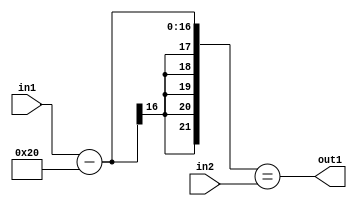
`timescale 1ps / 1ps
/*****************************************************************************
    Verilog RTL Description
    
    
    Created by: Stratus DpOpt 2019.1.01 
*******************************************************************************/

module st_weight_addr_gen_EqSubi32u16u16_4_8 (
	in2,
	in1,
	out1
	); /* architecture "behavioural" */ 
input [15:0] in2,
	in1;
output  out1;
wire  asc001;
wire [16:0] asc003;

assign asc003 = 
	+(in1)
	-(17'B00000000000100000);

assign asc001 = ({{5{asc003[16]}}, asc003}==in2);

assign out1 = asc001;
endmodule

/* CADENCE  uLDwQgE= : u9/ySgnWtBlWxVPRXgAZ4Og= ** DO NOT EDIT THIS LINE ******/